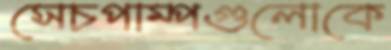
সেচপাম্পগুলোকে